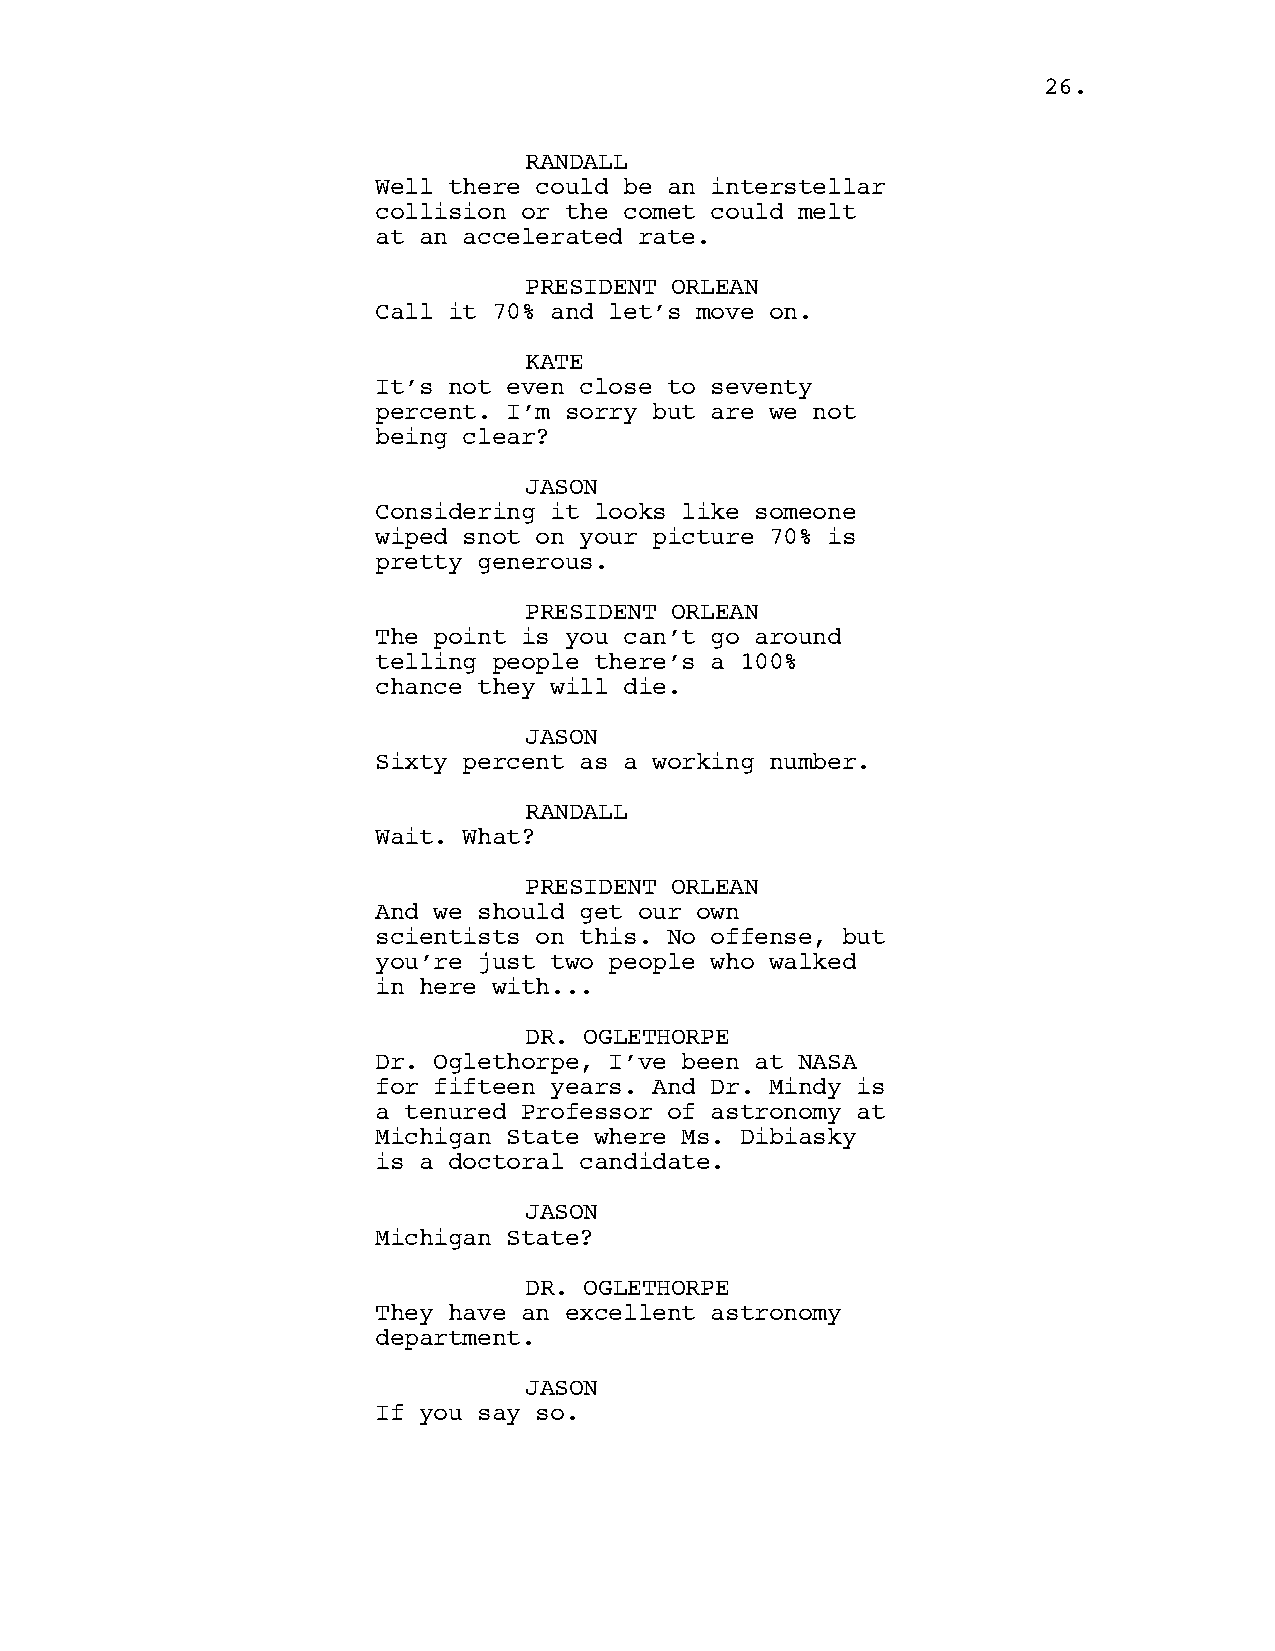
2266..
 RANDALL
 Well there could be an interstellar
 collision or the comet could melt
 at an accelerated rate.
 PRESIDENT ORLEAN
 Call it 70% and let’s move on.
 KATE
 It’s not even close to seventy
 percent. I’m sorry but are we not
 being clear?
 JASON
 Considering it looks like someone
 wiped snot on your picture 70% is
 pretty generous.
 PRESIDENT ORLEAN
 The point is you can’t go around
 telling people there’s a 100%
 chance they will die.
 JASON
 Sixty percent as a working number.
 RANDALL
 Wait. What?
 PRESIDENT ORLEAN
 And we should get our own
 scientists on this. No offense, but
 you’re just two people who walked
 in here with...
 DR. OGLETHORPE
 Dr. Oglethorpe, I’ve been at NASA
 for fifteen years. And Dr. Mindy is
 a tenured Professor of astronomy at
 Michigan State where Ms. Dibiasky
 is a doctoral candidate.
 JASON
 Michigan State?
 DR. OGLETHORPE
 They have an excellent astronomy
 department.
 JASON
 If you say so.